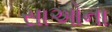
સાઓના